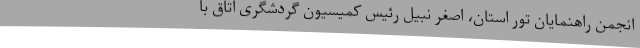
انجمن راهنمایان تور استان، اصغر نبیل رئیس کمیسیون گردشگری اتاق با